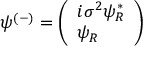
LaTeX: \psi ^ { ( - ) } = { \left( \begin{array} { l } { i \sigma ^ { 2 } \psi _ { R } ^ { * } } \\ { \psi _ { R } } \end{array} \right) }